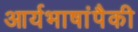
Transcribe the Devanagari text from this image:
आर्यभाषांपैकी